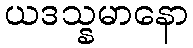
ယဒသ္နမာနော